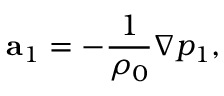
\mathbf { a } _ { 1 } = - \frac { 1 } { \rho _ { 0 } } \nabla p _ { 1 } ,